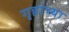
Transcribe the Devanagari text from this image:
गृहांच्या